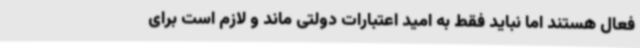
فعال هستند اما نباید فقط به امید اعتبارات دولتی ماند و لازم است برای